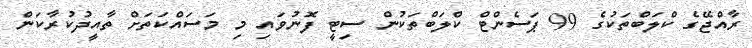
ރާއްޖޭގެ ކްލަބްތަކުގެ 99 ޕަސެންޓް ކްލަބްތަކުން ސިޓީ ފޮނުވައި މި މަސައްކަތަށް ތާއީދުކުރާކަން